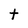
Character: t